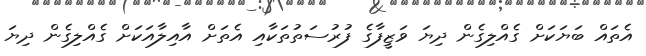
އެތައް ބަޔަކަށް ގެއްލިގެން ދިޔަ ވަޒީފާގެ ފުރުސަތުތަކާއި އެތަށް އާއިލާއަކަށް ގެއްލިގެން ދިޔަ